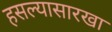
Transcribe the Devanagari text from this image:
हसल्यासारखा